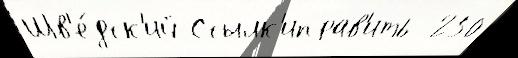
Шв'е́дск'ий Ссылк'иправ'ить  250